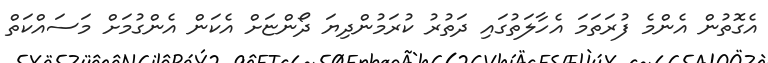
އެގޮތުން އެންމެ ފުރަތަމަ އެހާލަތުގައި ދަތުރު ކުރަމުންދިޔަ ދޯންޏަށް އެކަން އެންގުމަށް މަސައްކަތް